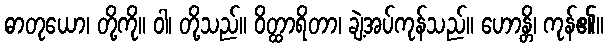
ဓာတုယော၊ တို့ကို။ ဝါ၊ တို့သည်။ ဝိတ္ထာရိတာ၊ ချဲ့အပ်ကုန်သည်။ ဟောန္တိ၊ ကုန်၏။